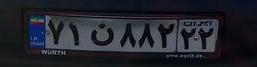
۷۱ن۸۸۲۲۲